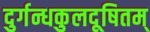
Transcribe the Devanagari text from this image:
दुर्गन्धकुलदूषितम्